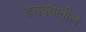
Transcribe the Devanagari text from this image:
डबक्यातील